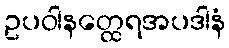
ဥပဝါနတ္ထေရအပဒါနံ